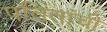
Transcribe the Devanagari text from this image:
पतितांची